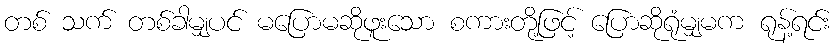
တစ် သက် တစ်ခါမျှပင် မပြောမဆိုဖူးသော စကားတို့ဖြင့် ပြောဆိုရုံမျှမက ရုန့်ရင်း